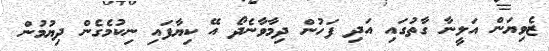
ޒެވިޔަން އަލީނާ ގާތުގައި އަދި ފަހުން ދިމާވާނެދޯ އޭ ކިޔާފައި ނިކުމެގެން ދިޔުމުން